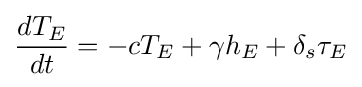
{\frac {dT_{E}}{dt}}=-cT_{E}+\gamma h_{E}+\delta _{s}\tau _{E}